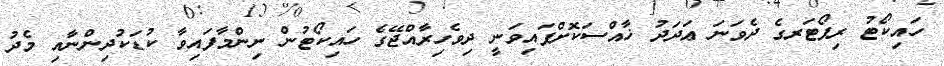
ހައިކޯޓު ރިޕޯޓަރގެ ދެވަނަ ޢަދަދު ޚާއްސަކޮށްފައިވަނީ ދިވެހިރާއްޖޭގެ ހައިކޯޓުން ނިންމާފައިވާ ކުޑަކުދިންނާއި މެދު